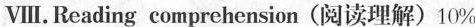
Ⅷ .Reading comprehension (阅读理解)10%